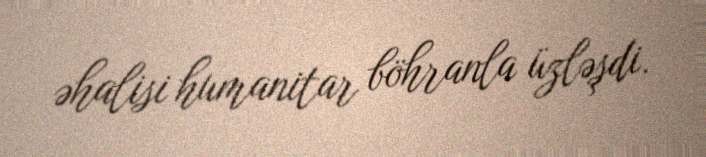
əhalisi humanitar böhranla üzləşdi.